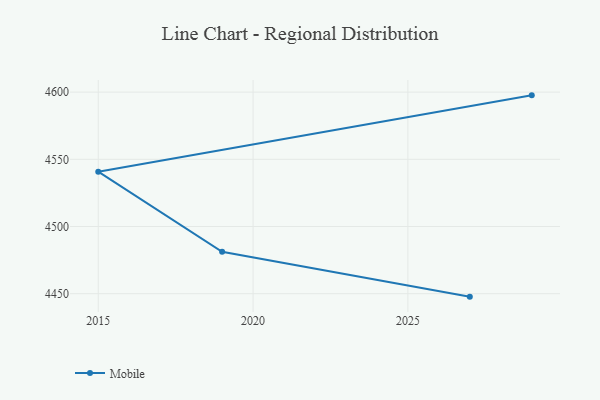
{"axis": {"x": "Year", "y": "Conversion Rate (%)"}, "legend": ["Mobile"], "data": [{"x": "2027", "y": 4447.8, "type": "Mobile"}, {"x": "2019", "y": 4481.2, "type": "Mobile"}, {"x": "2015", "y": 4540.8, "type": "Mobile"}, {"x": "2029", "y": 4597.6, "type": "Mobile"}]}